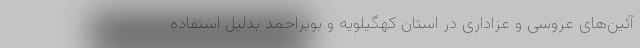
آئین‌های عروسی و عزاداری در استان کهگیلویه و بویراحمد بدلیل استفاده